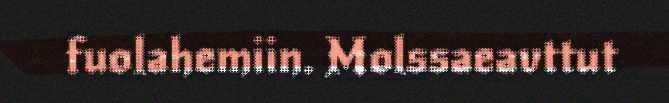
fuolahemiin. Molssaeavttut